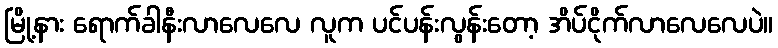
မြို့နား ရောက်ခါနီးလာလေလေ လူက ပင်ပန်းလွန်းတော့ အိပ်ငိုက်လာလေလေပဲ။